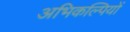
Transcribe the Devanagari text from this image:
अभिकल्पियों